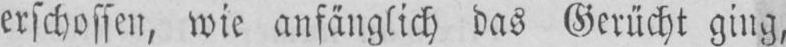
erschossen, wie anfänglich das Gerücht ging,